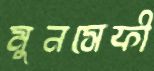
মুনসেফী